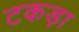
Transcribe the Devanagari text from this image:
टकड़ा